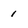
Character: 1